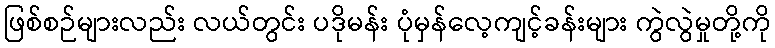
ဖြစ်စဉ်များလည်း လယ်တွင်း ပဒိုမန်း ပုံမှန်လေ့ကျင့်ခန်းများ ကွဲလွဲမှုတို့ကို